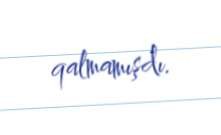
qalmamışdı.